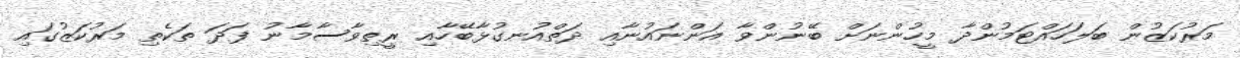
މަރުކަޒުން ބަލަހައްޓަމުންދާ މީހުންނަށް ބޭނުންވާ އަންނައުނާއި ދަތްއުނގުޅާބޭހާއި ރީތިވާސާމާނު ފަދަ ތަކެތި މަރުކަޒުގައި